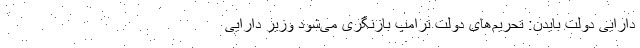
دارایی دولت بایدن: تحریم‌های دولت ترامپ بازنگری می‌شود وزیر دارایی